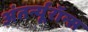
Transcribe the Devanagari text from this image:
अंतर्न्यूरॉन्स